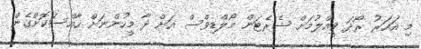
މި އަހަރު ރޯދަ ވީއްލުމަށް ޝެރެޓަން މޯލްޑިވްސް އަަށް ދާ މީހުންނަށް ހާއްސަކޮށްގެން